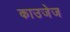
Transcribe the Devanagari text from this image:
काउजेज